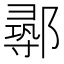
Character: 𨝻